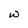
Character: w